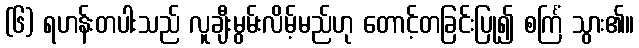
(၆) ရဟန်းတပါးသည် လူချီးမွမ်းလိမ့်မည်ဟု တောင့်တခြင်းပြု၍ စင်္ကြံ သွား၏။